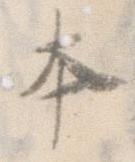
本